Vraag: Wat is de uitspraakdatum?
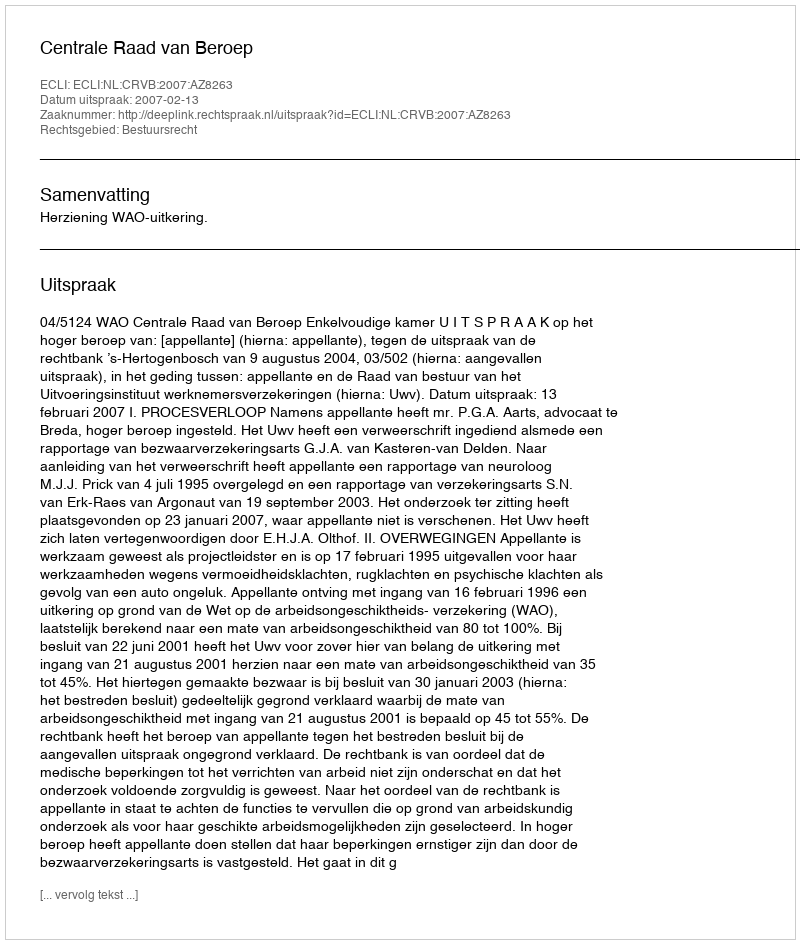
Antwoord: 2007-02-13